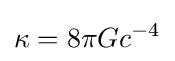
\kappa =8\pi Gc^{-4}